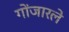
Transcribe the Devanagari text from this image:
गोंजारले